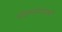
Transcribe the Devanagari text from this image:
पोहचवण्याची